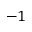
- 1